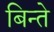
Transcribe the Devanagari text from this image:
बिन्ते